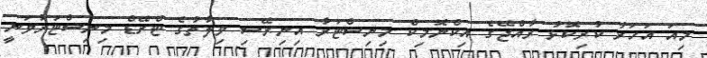
މިއަ އަހަރު ކުރިކޮޅު ރާއްޖޭގެ އިކްނޮމިކް މިނިސްޓަރާ އިނިރޭސި ވިލާތުގެ ޓްރޭޑް މިނިސްޓަރުވަނީ